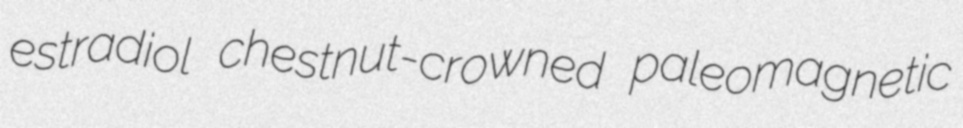
estradiol chestnut-crowned paleomagnetic